Leaving Certificate Examination, 1925
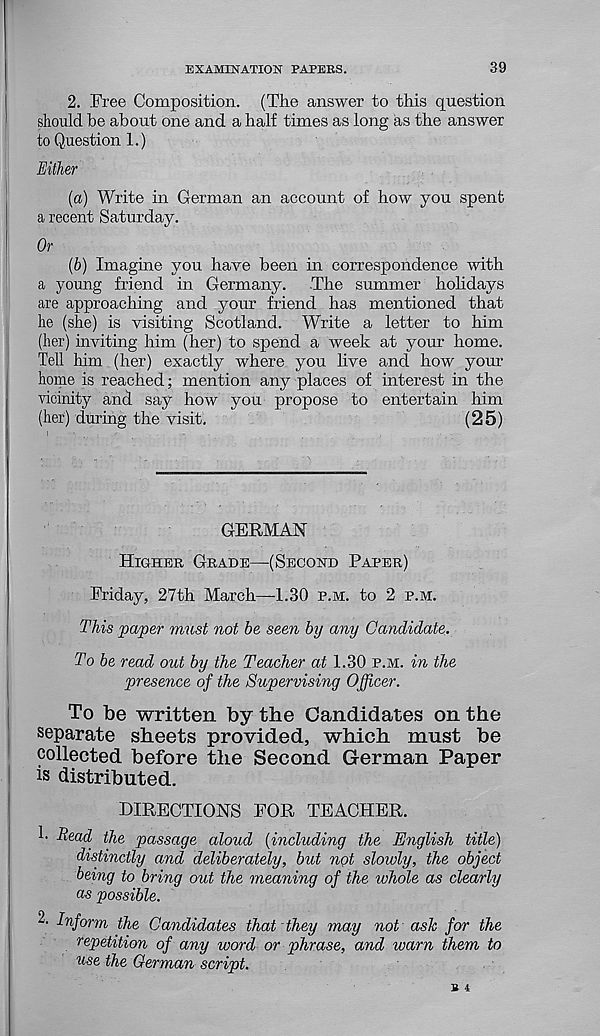
EXAMINATION PAPERS.
39
2. Free Composition. (The answer to this question
should be about one and a half times as long as the answer
to Question 1.)
Either
(a) Write in German an account of how you spent
a recent Saturday.
Or
(b) Imagine you have been in correspondence with
a young friend in Germany.
The summer holidays
are approaching and your friend has mentioned that
he (she) is visiting Scotland. Write a letter to him
(her) inviting him (her) to spend a week at your home.
Tell him (her) exactly where you live and how your
home is reached; mention any places of interest in the
vicinity and say how you propose to entertain him
(her) during the visit.
(25)
GERMAN
Higher Grade—-(Second Paper)
Friday, 27th March—1.30 p.m. to 2 p.m.
This paper must not be seen by any Candidate.
To be read out by the Teacher at 1.30 p.m. in the
presence of the Supervising Officer.
To be written by the Candidates on the
separate sheets provided, which must be
collected before the Second German Paper
is distributed.
DIRECTIONS FOR TEACHER.
h Read the passage aloud {including the English title)
distinctly and deliberately, but ngt slowly, the object
being to bring out the meaning of the whole as clearly
as possible.
2- Inform the Candidates that they may not ash for the
repetition of any word or phrase, and warn them to
use the German script.
R 4